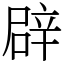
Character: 辟